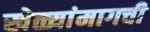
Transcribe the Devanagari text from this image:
खेळ्यांमागची